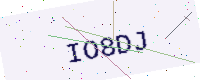
Text: IO8DJ